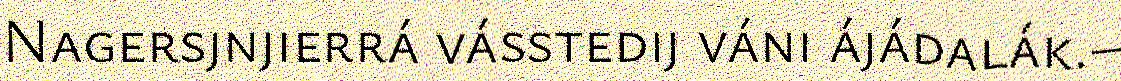
Nagersjnjierrá vásstedij váni ájádalák.–